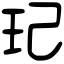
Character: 玘